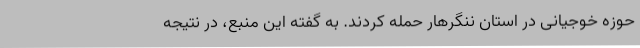
حوزه خوجیانی در استان ننگرهار حمله کردند. به گفته این منبع، در نتیجه